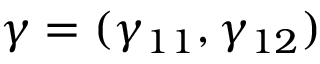
\gamma = ( \gamma _ { 1 1 } , \gamma _ { 1 2 } )